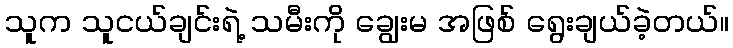
သူက သူငယ်ချင်းရဲ့ သမီးကို ချွေးမ အဖြစ် ရွေးချယ်ခဲ့တယ်။